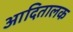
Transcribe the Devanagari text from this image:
आदितालक